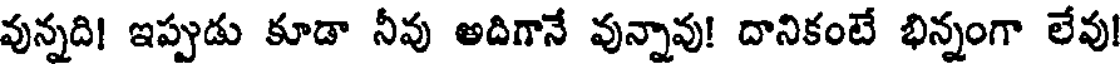
వున్నది! ఇప్పుడు కూడా నీవు అదిగానే వున్నావు! దానికంటే భిన్నంగా లేవు!